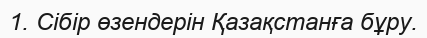
1. Сібір өзендерін Қазақстанға бұру.